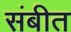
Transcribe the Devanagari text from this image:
संबीत